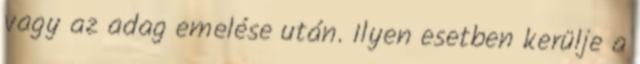
vagy az adag emelése után. Ilyen esetben kerülje a